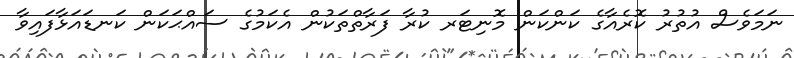
ނަމަވެސް އުތުރު ކޮރެއާގެ ކަންކަން މޮނިޓަރ ކުރާ ފަރާތްތަކުން އެކަމުގެ ސައްޙަކަން ކަނޑައަޅާފައިވާ